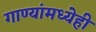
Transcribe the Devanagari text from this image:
गाण्यांमध्येही